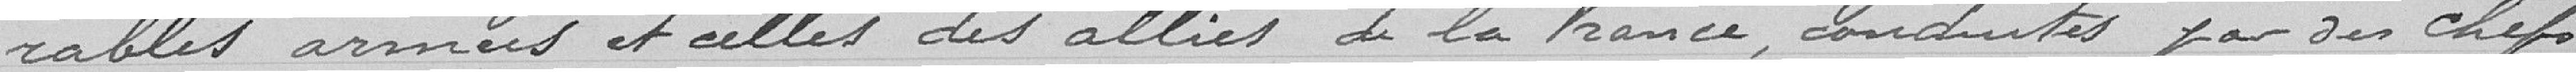
rables armées et celles des alliés de la France, conduites par des chefs